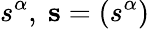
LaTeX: s^{\alpha},\ \mathbf{s}=\left(s^{\alpha}\right)